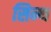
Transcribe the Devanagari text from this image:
सिन्थ